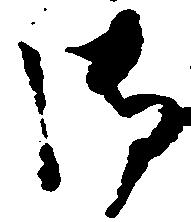
御